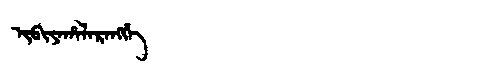
Manchu: ᡳᠪᡳᠶᠠᡥᠠᠯᠠᡵᠠᠩᡤᡝ
Romanization: IBIYAHALARANGGE